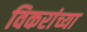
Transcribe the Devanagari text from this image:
विकरांच्या